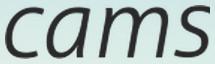
cams